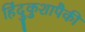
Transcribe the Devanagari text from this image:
हिंदुकुशापैकी